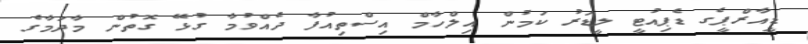
ޑީއާރްޕީގެ ޑެޕިއުޓީ ލީޑަރު ކަމުން އިލްހާމް އިސްތިއުފާ ދެއްވުމާ ގުޅޭ ގޮތުން މާދަމާގެ